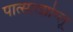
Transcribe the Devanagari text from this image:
पात्सात्झोग्लू